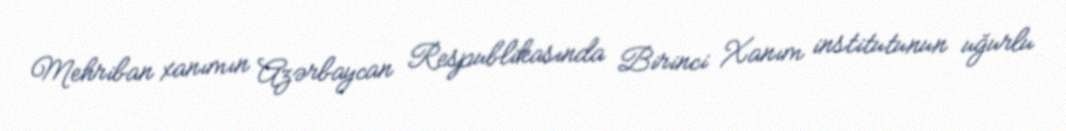
Mehriban xanımın Azərbaycan Respublikasında Birinci Xanım institutunun uğurlu